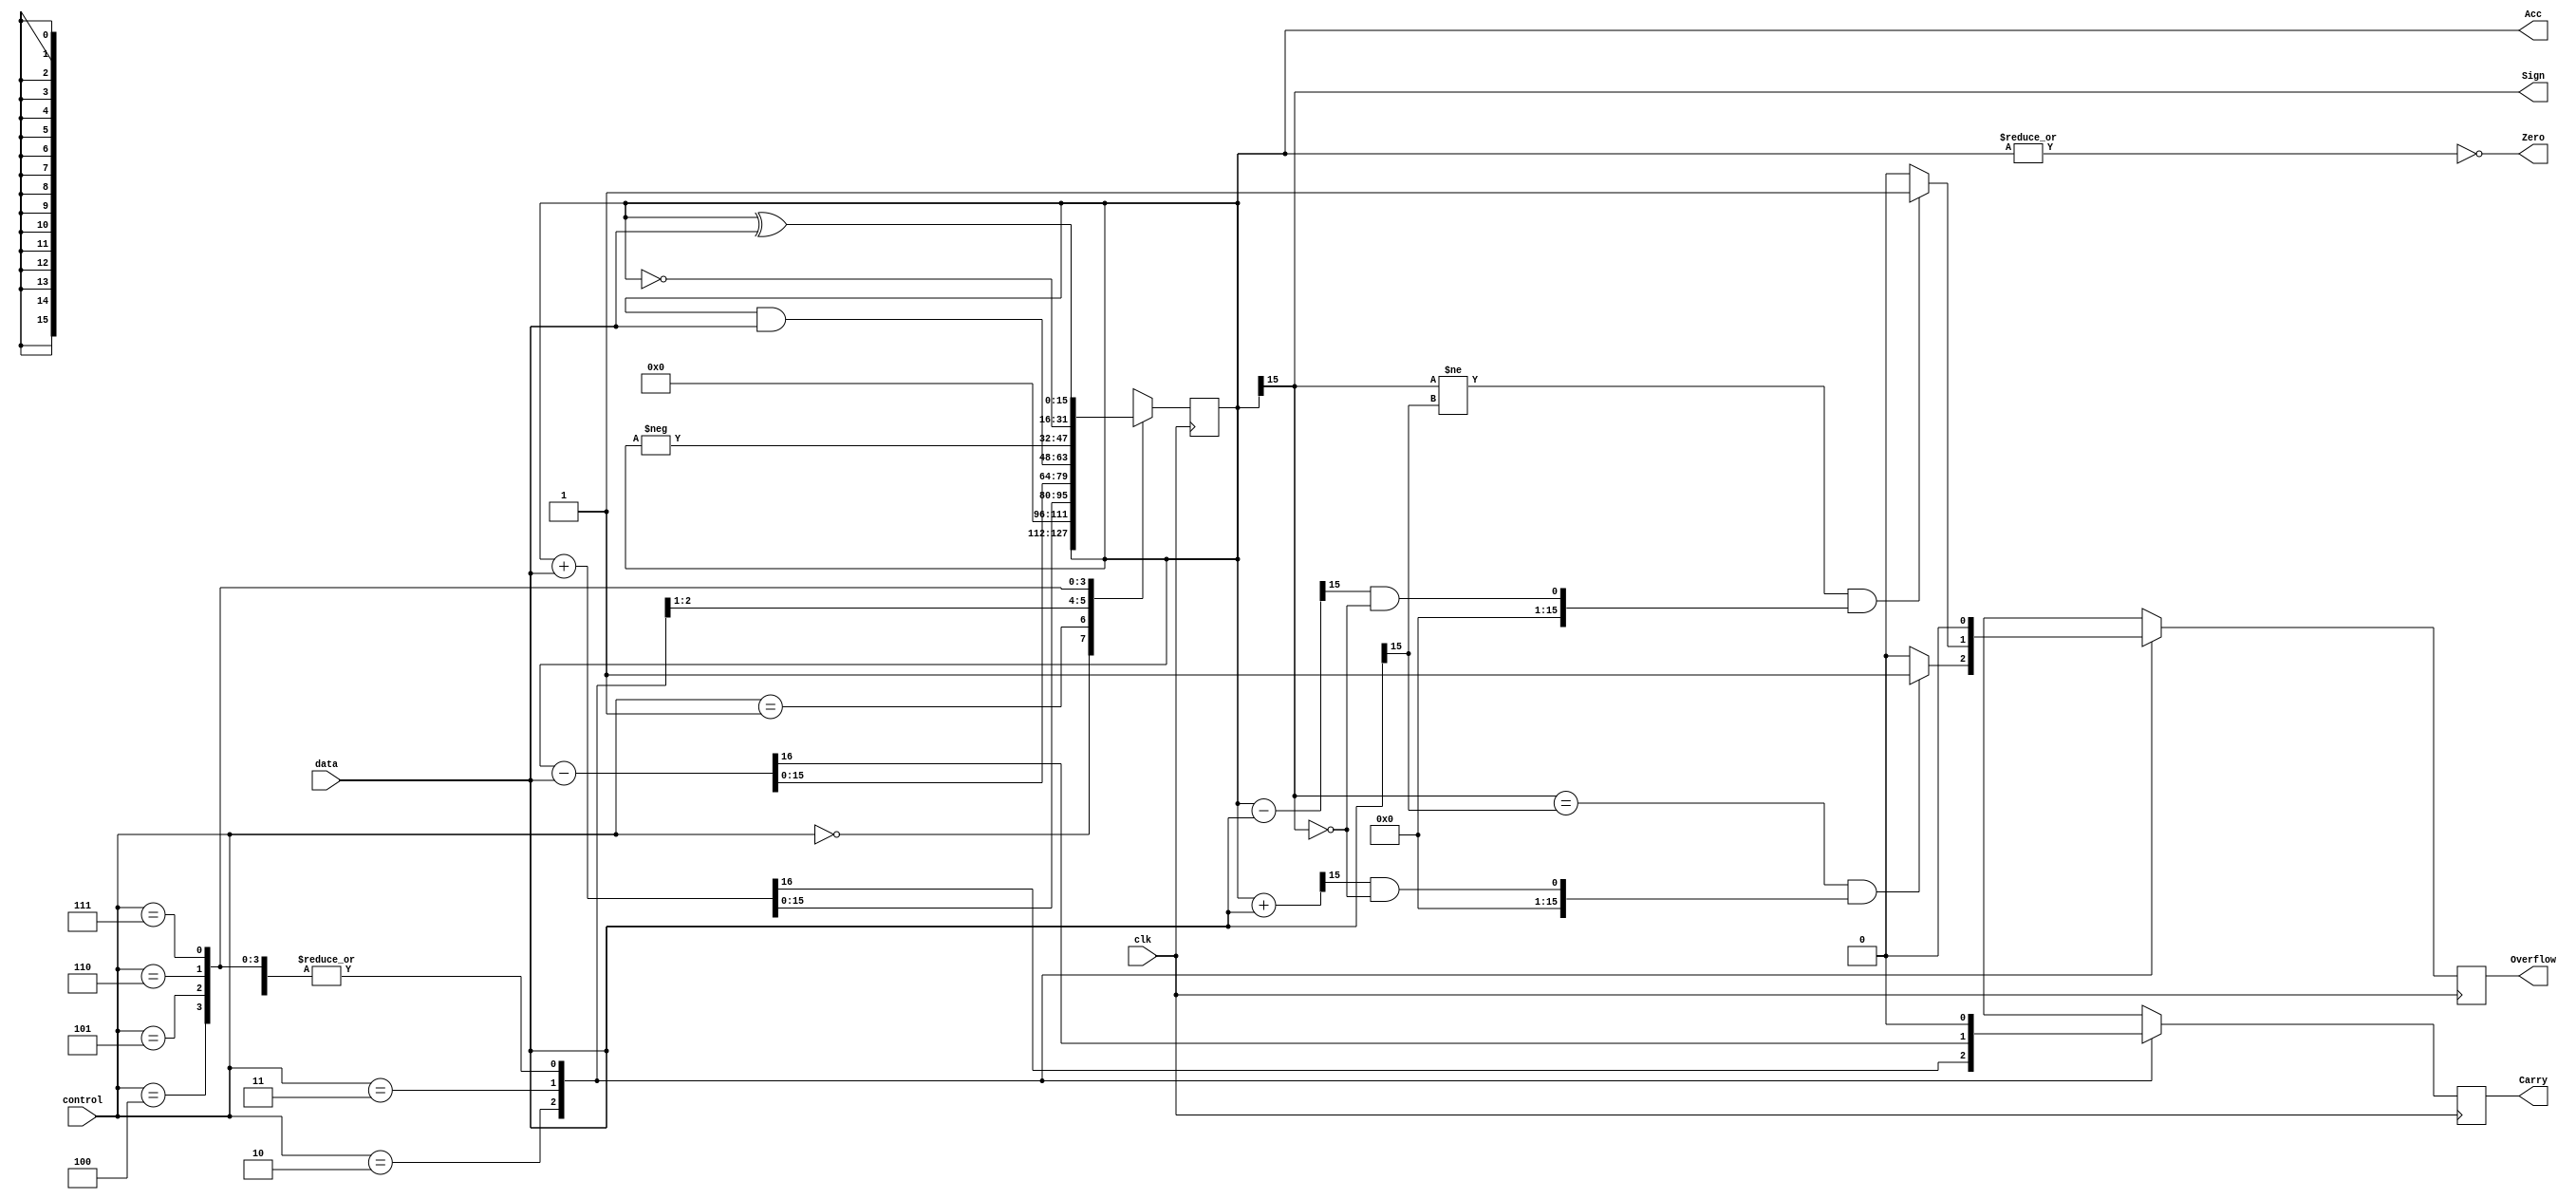
module ALU #(
    parameter  data_width = 16
)
(
    input clk,
    input[data_width-1 : 0] data,
    input [2:0]control,
    output reg [data_width-1 : 0]Acc,
    output reg Carry ,
    output Zero ,
    output reg Overflow ,
    output Sign
);

assign Sign = Acc[data_width-1];
assign Zero = ~|Acc[data_width-1 : 0];

 always @(posedge clk)
  begin 
     case (control)
       3'b000 :  //HOLD
        begin
            Carry = 0;
            Overflow = 0;
        end 
       3'b001 : //CLEAR
        begin 
            Acc = 0; 
            Carry = 0;
            Overflow = 0;
        end
       3'b010 :  ///ADD
        begin 
            {Carry,Acc} <= Acc + data;
            if (Acc[data_width - 1] == data[data_width - 1] &&  ((Acc+data) >> (data_width - 1)) & 1'b1  !=  (Acc >> (data_width - 1))& 1'b1 )
                Overflow = 1;
            else
                Overflow = 0;    
        end
       3'b011 : //SUB
        begin 
            {Carry,Acc} <= Acc - data;
            if (Acc[data_width - 1] != data[data_width - 1] &&  ((Acc-data) >> (data_width - 1)) & 1'b1  !=  (Acc >> (data_width - 1))& 1'b1 )
                Overflow = 1;
            else
                Overflow = 0; 
        end
       3'b100 : //AND
        begin 
            Acc = Acc & data; 
            Carry = 0;
            Overflow = 0;
        end
       3'b101 : // NEGATIVE
        begin 
            Acc = - Acc ; 
            Carry = 0;
            Overflow = 0;
        end
       3'b110 : //NOT
        begin
            Acc = ~ Acc ;
            Carry = 0;
            Overflow = 0; 
        end
       3'b111 : //XOR
        begin 
            Acc = Acc ^ data ;
            Carry = 0;
            Overflow = 0;
        end
     endcase
  end

endmodule


module TestBench;
    reg clk;
    reg [15:0]in;
    reg [2:0]control;
    wire [15:0]out;
    wire Carry;
    wire Zero;
    wire Overflow;
    wire Sign;
    ALU #(16) alu(clk,in,control,out,Carry,Zero,Overflow,Sign);

    initial
    begin
    $dumpfile("Acc_ALU.vcd");
    $dumpvars(0, TestBench);
    end

    always #5 clk = ~ clk;

    initial begin
    clk <= 1;
    {in,control} <= 0 ;

    #1;
    test(3'b001,16'd0);
    test(3'b010,16'd5);
    test(3'b000,16'd0);
    test(3'b010,16'd15);

    test(3'b011,16'd7);

    test(3'b001,16'd0);

    test(3'b010,16'd5); 
    test(3'b111,16'd10);

    test(3'b110,16'd0);

    test(3'b000,16'd0);
    test(3'b010,16'd15);

    test(3'b101,16'd0);

    test(3'b100,16'b0101010100101001);


    test(3'b010,16'b0111111111111111);
    test(3'b010,16'b0111111111111111);
    test(3'b010,16'b0111111111111111);


    test(3'b011,16'b0111111111111111);
    test(3'b011,16'b0111111111111111);
    test(3'b011,16'b0111111111111111);
    test(3'b011,16'b1000000000000000);   
    test(3'b011,16'b1000000000000000);
    




    // "hold": control = 3'b000; OK
    // "clear": control = 3'b001; OK
    // "add": control = 3'b010;   OK
    // "sub": control = 3'b011; 
    // "and": control = 3'b100;  OK
    // "neg": control = 3'b101; OK
    // "not": control = 3'b110;  OK
    // "xor": control = 3'b111; OK

    $stop;

    end


task test(
input [2:0] act,
input [15:0] data_in
);
begin
    #5;
    in <= data_in;
    control <= act;
    #5;
    case(control)
    3'b000 : $display("hold");
    3'b001 : $display("clear");
    3'b010 : $display("add :: in is %d" ,in);
    3'b011 : $display("sub :: in is %d" , in);
    3'b100 : $display("and :: in is %d" ,in);
    3'b101 : $display("neg");
    3'b110 : $display("not");
    3'b111 : $display("xor :: in is %d" , in);
    endcase
    $display("out is(BINARY) : %b",out);
    $display("out is : %d",out);
    $display("Carry: %d Zero: %d Overflow: %d Sign : %d\n",Carry,Zero,Overflow,Sign);
  
end
endtask

    
endmodule